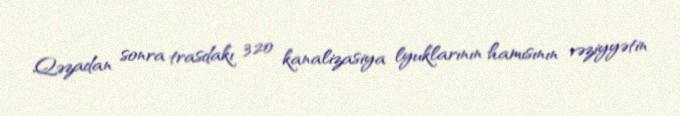
Qəzadan sonra trasdakı 320 kanalizasiya lyuklarının hamısının vəziyyətin